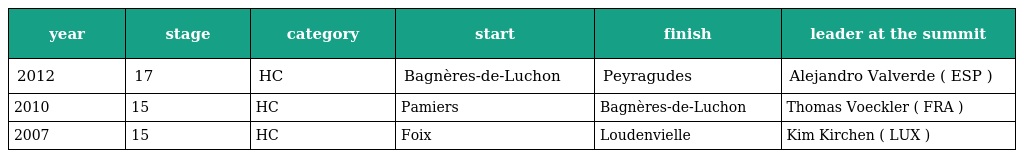
| year | stage | category | start | finish | leader at the summit |
 | --- | --- | --- | --- | --- | --- |
 | 2012 | 17 | HC | Bagnères-de-Luchon | Peyragudes | Alejandro Valverde ( ESP ) |
 | 2010 | 15 | HC | Pamiers | Bagnères-de-Luchon | Thomas Voeckler ( FRA ) |
 | 2007 | 15 | HC | Foix | Loudenvielle | Kim Kirchen ( LUX ) |